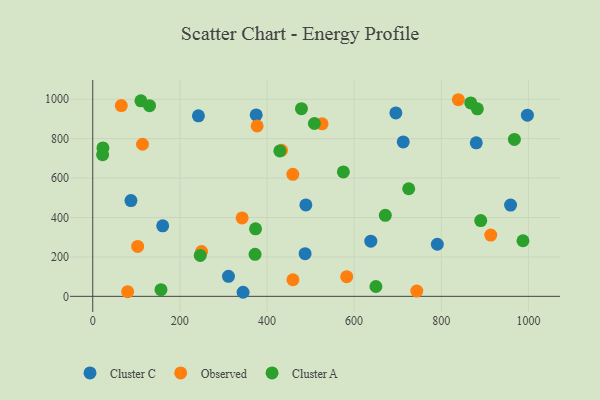
{"axis": {"x": "Distance", "y": "Profit"}, "legend": ["Cluster A", "Cluster C", "Observed"], "data": [{"x": "638.3", "y": 280.0, "type": "Cluster C"}, {"x": "880.4", "y": 778.8, "type": "Cluster C"}, {"x": "695.8", "y": 930.6, "type": "Cluster C"}, {"x": "997.7", "y": 919.1, "type": "Cluster C"}, {"x": "487.5", "y": 216.5, "type": "Cluster C"}, {"x": "87.7", "y": 485.9, "type": "Cluster C"}, {"x": "489.2", "y": 464.0, "type": "Cluster C"}, {"x": "311.6", "y": 101.6, "type": "Cluster C"}, {"x": "712.7", "y": 783.3, "type": "Cluster C"}, {"x": "242.6", "y": 916.1, "type": "Cluster C"}, {"x": "160.6", "y": 357.8, "type": "Cluster C"}, {"x": "791.0", "y": 264.2, "type": "Cluster C"}, {"x": "375.2", "y": 920.3, "type": "Cluster C"}, {"x": "345.1", "y": 20.6, "type": "Cluster C"}, {"x": "959.1", "y": 463.3, "type": "Cluster C"}, {"x": "913.6", "y": 310.7, "type": "Observed"}, {"x": "342.9", "y": 398.0, "type": "Observed"}, {"x": "65.5", "y": 967.8, "type": "Observed"}, {"x": "743.8", "y": 26.7, "type": "Observed"}, {"x": "433.3", "y": 740.8, "type": "Observed"}, {"x": "377.4", "y": 864.5, "type": "Observed"}, {"x": "839.3", "y": 997.6, "type": "Observed"}, {"x": "459.5", "y": 84.1, "type": "Observed"}, {"x": "114.2", "y": 771.6, "type": "Observed"}, {"x": "103.1", "y": 253.3, "type": "Observed"}, {"x": "583.0", "y": 99.7, "type": "Observed"}, {"x": "80.1", "y": 23.7, "type": "Observed"}, {"x": "459.3", "y": 618.9, "type": "Observed"}, {"x": "249.8", "y": 227.6, "type": "Observed"}, {"x": "526.4", "y": 875.1, "type": "Observed"}, {"x": "372.6", "y": 213.4, "type": "Cluster A"}, {"x": "967.9", "y": 796.0, "type": "Cluster A"}, {"x": "429.5", "y": 737.7, "type": "Cluster A"}, {"x": "130.4", "y": 967.4, "type": "Cluster A"}, {"x": "671.6", "y": 411.1, "type": "Cluster A"}, {"x": "867.7", "y": 981.5, "type": "Cluster A"}, {"x": "890.6", "y": 384.2, "type": "Cluster A"}, {"x": "508.8", "y": 877.0, "type": "Cluster A"}, {"x": "575.3", "y": 631.3, "type": "Cluster A"}, {"x": "479.1", "y": 952.0, "type": "Cluster A"}, {"x": "246.8", "y": 207.8, "type": "Cluster A"}, {"x": "650.0", "y": 50.0, "type": "Cluster A"}, {"x": "987.6", "y": 282.1, "type": "Cluster A"}, {"x": "110.6", "y": 991.9, "type": "Cluster A"}, {"x": "23.4", "y": 753.2, "type": "Cluster A"}, {"x": "882.9", "y": 951.6, "type": "Cluster A"}, {"x": "156.6", "y": 33.8, "type": "Cluster A"}, {"x": "725.3", "y": 546.0, "type": "Cluster A"}, {"x": "22.7", "y": 718.9, "type": "Cluster A"}, {"x": "373.7", "y": 342.5, "type": "Cluster A"}]}